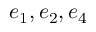
e _ { 1 } , e _ { 2 } , e _ { 4 }